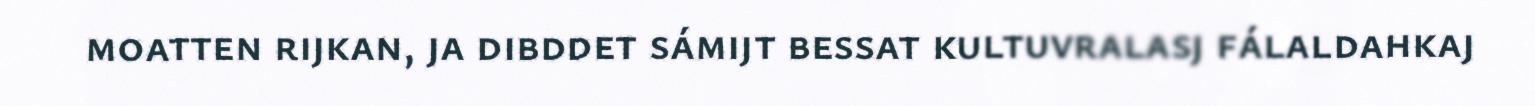
moatten rijkan, ja dibddet sámijt bessat kultuvralasj fálaldahkaj